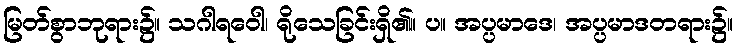
မြတ်စွာဘုရား၌။ သဂါရဝေါ၊ ရိုသေခြင်းရှိ၏။ ပ။ အပ္ပမာဒေ၊ အပ္ပမာဒတရား၌။